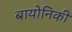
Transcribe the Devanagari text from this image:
बायोनिकी